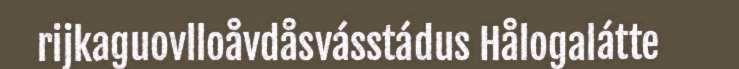
rijkaguovlloåvdåsvásstádus Hålogalátte